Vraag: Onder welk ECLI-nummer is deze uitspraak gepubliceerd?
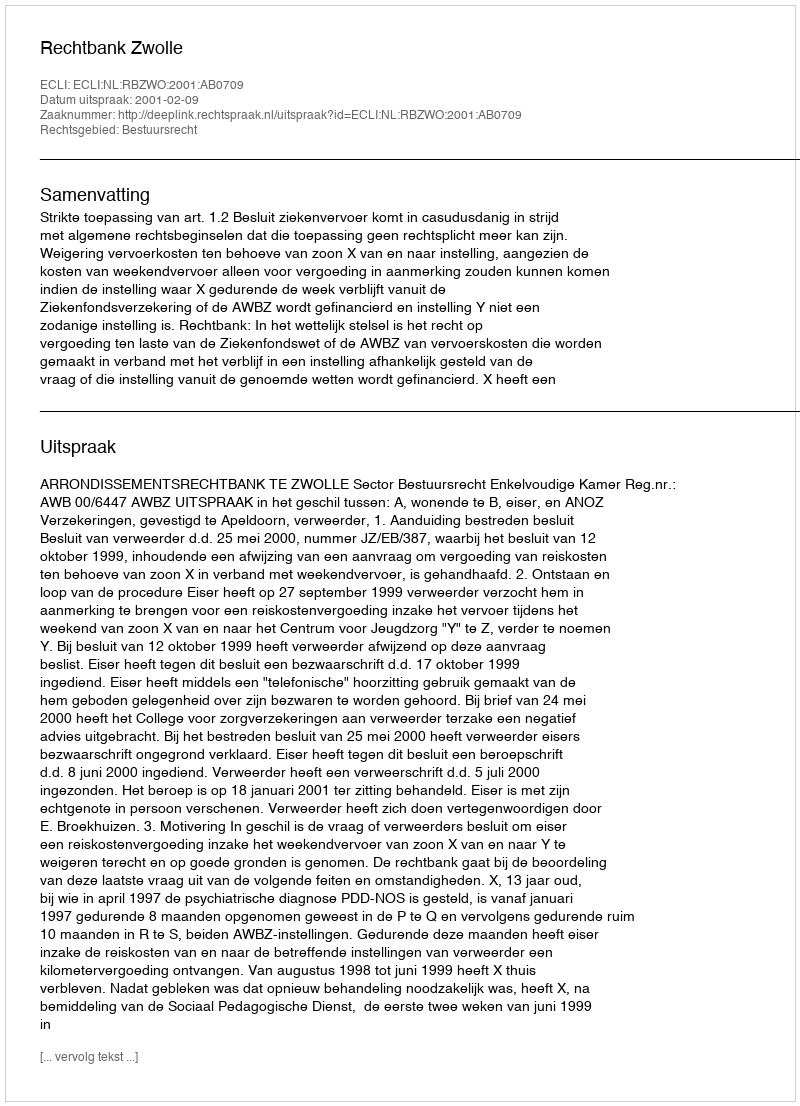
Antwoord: ECLI:NL:RBZWO:2001:AB0709